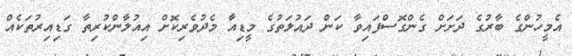
އެމީހުންގެ ބާރުގެ ދަށަށް ގެންގޮސްފައިވާ ކަން ދައުލަތުގެ މީޑިއާ މެދުވެރިކޮށް އިއުލާންކުރިތާ ގަޑިއިރުތަކެއް